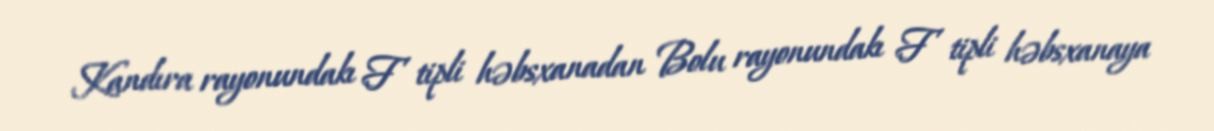
Kandıra rayonundakı F tipli həbsxanadan Bolu rayonundakı F tipli həbsxanaya